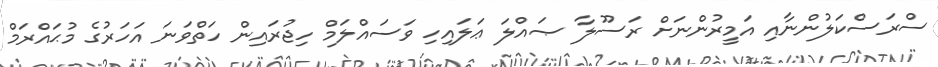
ސްރަސްކަލުންނާއި އަމީރުންނަށް ރަސޫލާ ޞައްލަ ޢަލައިހި ވަސައްލަމް ހިޖުރައިން ހަތްވަނަ އަހަރުގެ މުޙައްރަމް